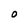
Character: O